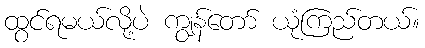
ထွင်ရမယ်လို့ပဲ ကျွန်တော် ယုံကြည်တယ်။